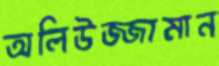
অলিউজ্জামান